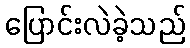
ပြောင်းလဲခဲ့သည်